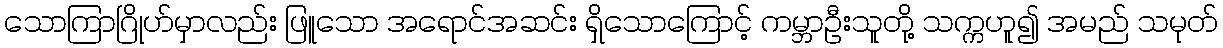
သောကြာဂြိုဟ်မှာလည်း ဖြူသော အရောင်အဆင်း ရှိသောကြောင့် ကမ္ဘာဦးသူတို့ သက္ကဟူ၍ အမည် သမုတ်